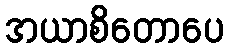
အယာစိတောပေ